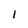
Character: 1